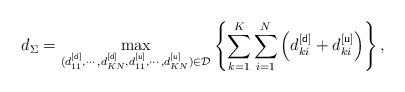
LaTeX: \begin{align*}d_{\Sigma}=\max_{(d^{[{\sf d}]}_{11},\cdots,d_{KN}^{[{\sf d}]},d^{[{\sf u}]}_{11},\cdots,d_{KN}^{[{\sf u}]})\in\mathcal{D}}\left\{\sum_{k=1}^K\sum_{i=1}^{N}\left(d_{ki}^{[{\sf d}]}+d_{ki}^{[{\sf u}]}\right)\right\},\end{align*}